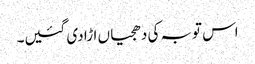
اس توبہ کی دھجیاں اڑا دی گئیں۔